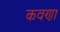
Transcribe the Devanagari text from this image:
कवणा